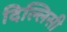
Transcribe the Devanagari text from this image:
दिल्लिसी